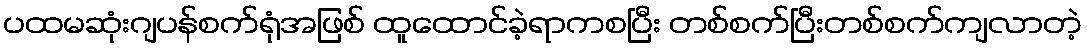
ပထမဆုံးဂျပန်စက်ရုံအဖြစ် ထူထောင်ခဲ့ရာကစပြီး တစ်စက်ပြီးတစ်စက်ကျလာတဲ့